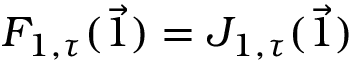
F _ { 1 , \tau } ( \vec { 1 } ) = J _ { 1 , \tau } ( \vec { 1 } )